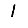
Digit: 1